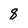
Character: 8